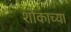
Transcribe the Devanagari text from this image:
शोकाच्या